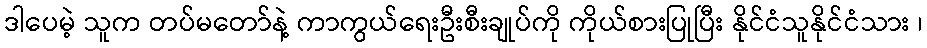
ဒါပေမဲ့ သူက တပ်မတော်နဲ့ ကာကွယ်ရေးဦးစီးချုပ်ကို ကိုယ်စားပြုပြီး နိုင်ငံသူနိုင်ငံသား ၊